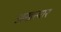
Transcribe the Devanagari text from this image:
अखत्यार